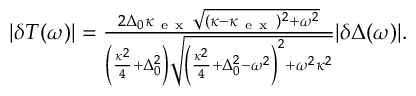
\begin{array} { r } { | \delta T ( \omega ) | = \frac { 2 \Delta _ { 0 } \kappa _ { \mathrm { ~ e ~ x ~ } } \sqrt { ( \kappa - \kappa _ { \mathrm { ~ e ~ x ~ } } ) ^ { 2 } + \omega ^ { 2 } } } { \left( \frac { \kappa ^ { 2 } } { 4 } + \Delta _ { 0 } ^ { 2 } \right) \sqrt { \left( \frac { \kappa ^ { 2 } } { 4 } + \Delta _ { 0 } ^ { 2 } - \omega ^ { 2 } \right) ^ { 2 } + \omega ^ { 2 } \kappa ^ { 2 } } } | \delta \Delta ( \omega ) | . } \end{array}